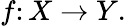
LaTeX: f\colon X\to Y.